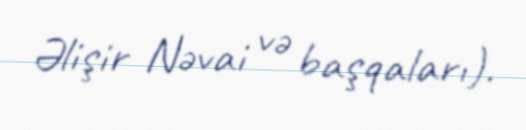
Əlişir Nəvai və başqaları).